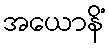
အယောနိံ